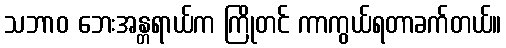
သဘာဝ ဘေးအန္တရာယ်က ကြိုတင် ကာကွယ်ရတာခက်တယ်။